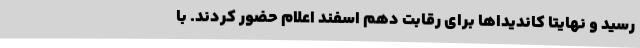
رسید و نهایتا کاندیداها برای رقابت دهم اسفند اعلام حضور کردند. با